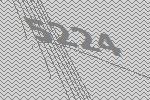
5224